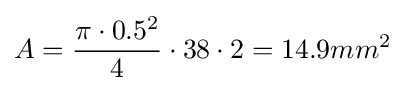
A={\frac {\pi \cdot 0.5^{2}}{4}}\cdot 38\cdot 2=14.9mm^{2}